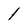
Character: 1